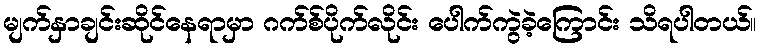
မျက်နှာချင်းဆိုင်နေရာမှာ ဂက်စ်ပိုက်လိုင်း ပေါက်ကွဲခဲ့ကြောင်း သိရပါတယ်။